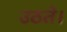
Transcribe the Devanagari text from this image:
उठते।